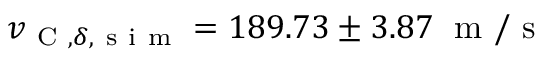
v _ { \mathrm { ~ C ~ } , \delta , \mathrm { ~ s ~ i ~ m ~ } } = 1 8 9 . 7 3 \pm 3 . 8 7 \; \mathrm { ~ m ~ } / \mathrm { ~ s ~ }